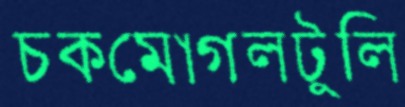
চকমোগলটুলি